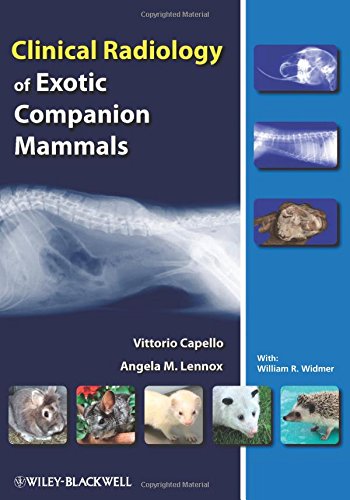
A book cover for Clinical Radiology of Exotic Companion Mammals; Vittorio Capello; Medical Books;